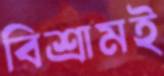
বিশ্রামই